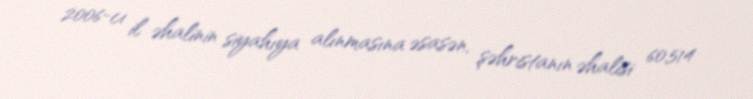
2006-cı il əhalinin siyahıya alınmasına əsasən, şəhristanın əhalisi 60,514